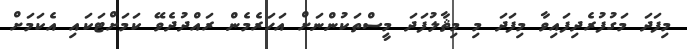
މިފަދަ މަގުފުރެދިފައިވާ މިފަދަ މި މިޘާލުފަދަ މީސްތަކުންނަށް އަހަރެމެން ރައްދުދެވޭ ކަމަށްޓަކައި އެކަމަށް